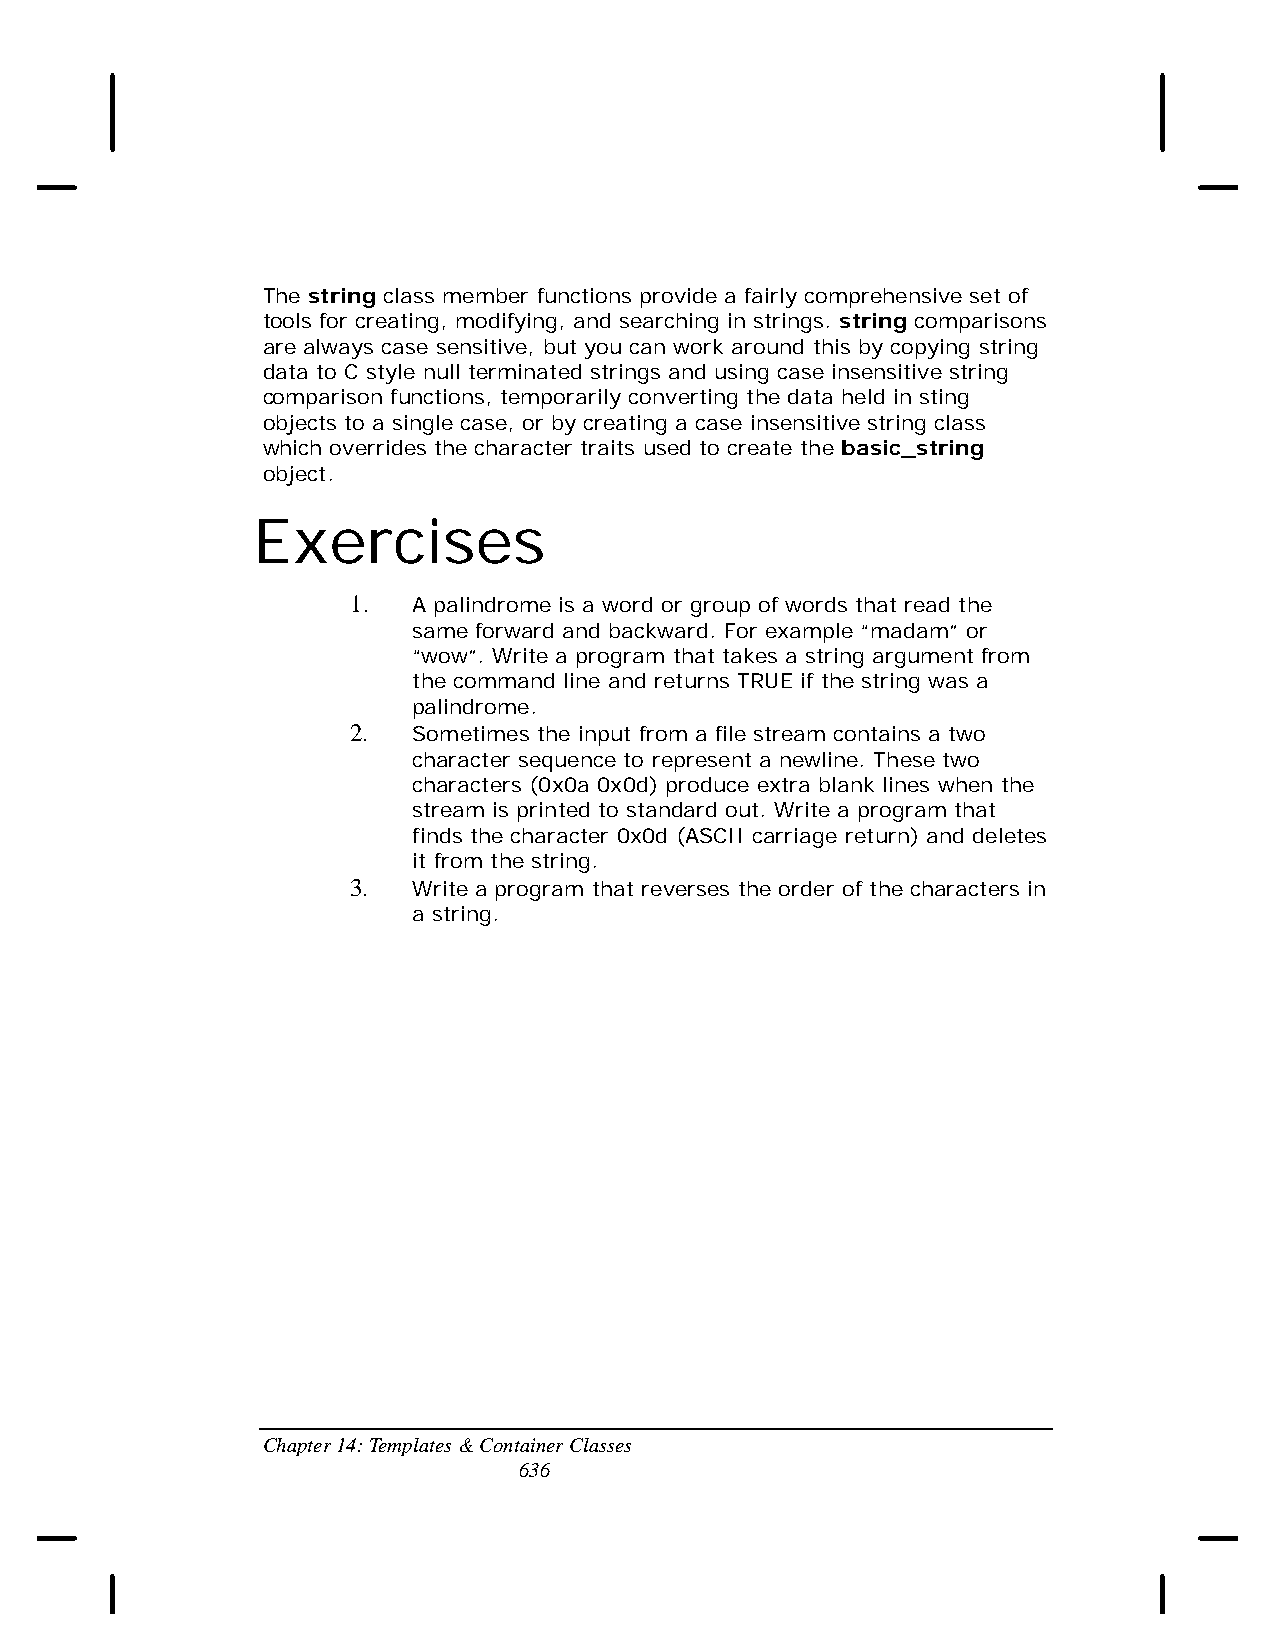
The string class member functions provide a fairly comprehensive set of
 tools for creating, modifying, and searching in strings. string comparisons
 are always case sensitive, but you can work around this by copying string
 data to C style null terminated strings and using case insensitive string
 comparison functions, temporarily converting the data held in sting
 objects to a single case, or by creating a case insensitive string class
 which overrides the character traits used to create the basic_string
 object.
 Exercises
 1.  A palindrome is a word or group of words that read the
 same forward and backward. For example “madam” or
 “wow”. Write a program that takes a string argument from
 the command line and returns TRUE if the string was a
 palindrome.
 2.  Sometimes the input from a file stream contains a two
 character sequence to represent a newline. These two
 characters (0x0a 0x0d) produce extra blank lines when the
 stream is printed to standard out. Write a program that
 finds the character 0x0d (ASCII carriage return) and deletes
 it from the string.
 3.  Write a program that reverses the order of the characters in
 a string.
 Chapter 14: Templates & Container Classes
 636